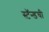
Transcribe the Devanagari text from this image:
स्टॅन्डची